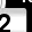
Digit: 2